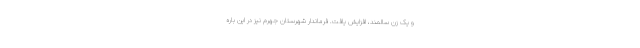
و یک زن سالمند، افزایش یافت. فرماندار شهرستان جهرم نیز در این باره